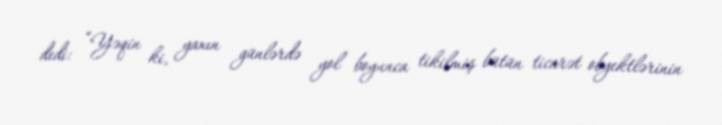
dedi: “Yəqin ki, yaxın günlərdə yol boyunca tikilmiş bütün ticarət obyektlərinin